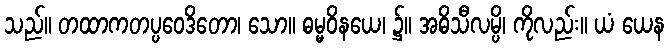
သည်။ တထာကတပ္ပဝေဒိတော၊ သော။ ဓမ္မဝိနယေ၊ ၌။ အဓိသီလမ္ပိ၊ ကိုလည်း။ ယံ ယေန